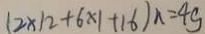
( 2 \times 1 2 + 6 \times 1 + 1 6 ) n = 4 g